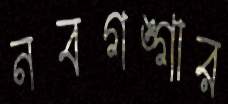
নবগঙ্গার